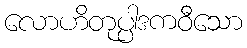
လောဟိတုပ္ပါဒကဝီသော